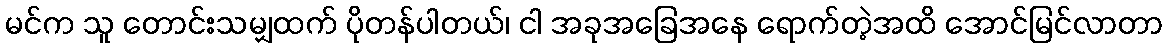
မင်က သူ တောင်းသမျှထက် ပိုတန်ပါတယ်၊ ငါ အခုအခြေအနေ ရောက်တဲ့အထိ အောင်မြင်လာတာ